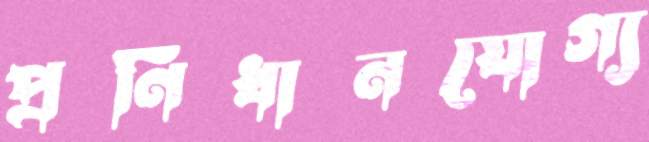
প্রণিধানযোগ্য